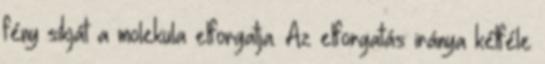
fény síkját a molekula elforgatja. Az elforgatás iránya kétféle